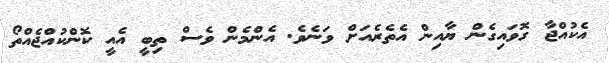
އެކުއްޖާ ގޮވައިގެން ޔާއިން އެތެރެއަށް ވަނެވެ. އެންމެން ވެސް ތިބީ އެއީ ކޮންކުއްޖެއްތޯ